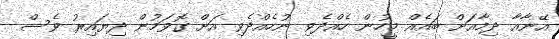
އޭނާއާ ދިމާއަށް ބައެއް މީހުން ހެއްދެވި ނުހެއްދެވި އަށް ގޮވަމުން ދިޔައިރު ވެސް